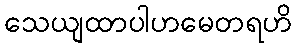
သေယျထာပါဟမေတရဟိ